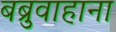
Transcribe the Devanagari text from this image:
बब्रुवाहाना